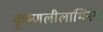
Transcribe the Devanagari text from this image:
कृष्णलीलाभिनय